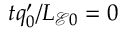
t q _ { 0 } ^ { \prime } / L _ { \mathcal { E } 0 } = 0